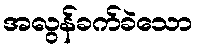
အလွန်ခက်ခဲသော